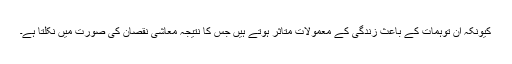
کیونکہ ان توہمات کے باعث زندگی کے معمولات متاثر ہوتے ہیں جس کا نتیجہ معاشی نقصان کی صورت میں نکلتا ہے۔